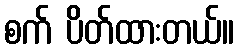
စက် ပိတ်ထားတယ်။